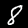
Digit: 8